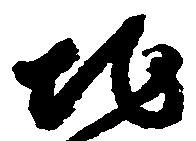
地